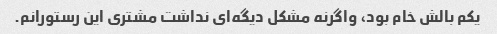
یکم بالش خام بود، واگرنه مشکل دیگه‌ای نداشت مشتری این رستورانم.